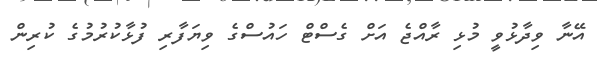
އޭނާ ވިދާޅުވީ މުޅި ރާއްޖެ އަށް ގެސްޓް ހައުސްގެ ވިޔަފާރި ފުޅާކުރުމުގެ ކުރިން